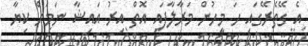
އެ ގޭތެރޭގައި ހަ މީހުން މަރާލާފައި އޮތް އިރު އައިޝާ ނަމަށް ކިޔާ